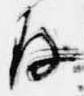
存